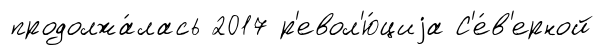
продолжа́лась 2017 р'евол'ю́циjа С'е́в'ерной